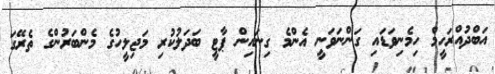
އަބްދުއްރަހީމް ހިމެނިވަޑައި ގަންނަވަނީ އެންމެ ގިނައިން ޕާޓީ ބަދަލުކުރި މަޖިލީހުގެ މެންބަރުންގެ ތެރޭގަ